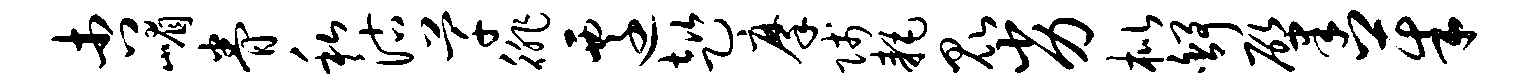
杏嵋眷私沽芊徘迁趑摩贱耗昆劣枇舒肇茱